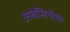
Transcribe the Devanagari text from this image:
अबेसिनीया